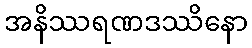
အနိဿရဏဒဿိနော